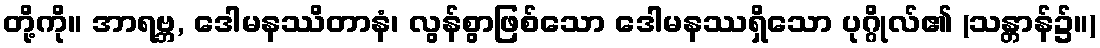
တို့ကို။ အာရဗ္ဘ, ဒေါမနဿိတာနံ၊ လွန်စွာဖြစ်သော ဒေါမနဿရှိသော ပုဂ္ဂိုလ်၏ (သန္တာန်၌။)